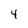
Character: 4